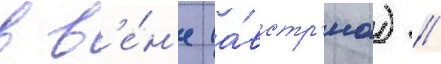
в в'е́н'е (а́встр'иа) //